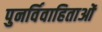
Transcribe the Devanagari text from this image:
पुनर्विवाहिताओं